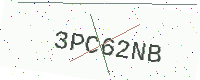
Text: 3PC62NB